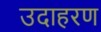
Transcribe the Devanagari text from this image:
उदाहरण